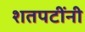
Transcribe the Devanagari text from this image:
शतपटींनी